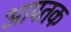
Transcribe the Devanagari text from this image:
आपतक